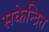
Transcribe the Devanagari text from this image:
सकेन्द्रित